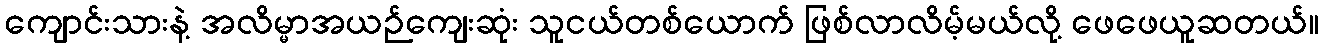
ကျောင်းသားနဲ့ အလိမ္မာအယဉ်ကျေးဆုံး သူငယ်တစ်ယောက် ဖြစ်လာလိမ့်မယ်လို့ ဖေဖေယူဆတယ်။